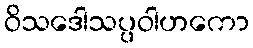
ဝိသဒေါသပ္ပဝါဟကော